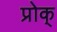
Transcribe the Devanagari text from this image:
प्रोक्